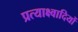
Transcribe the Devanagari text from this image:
प्रत्याक्ष्वादियों